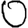
Digit: 0